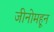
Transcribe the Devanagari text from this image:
जीनोमहून